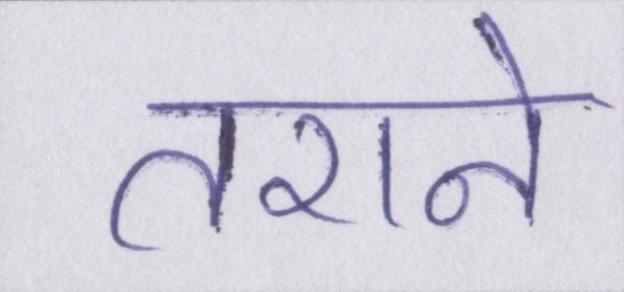
तराने